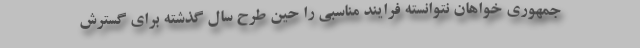
جمهوری خواهان نتوانسته فرایند مناسبی را حین طرح سال گذشته برای گسترش